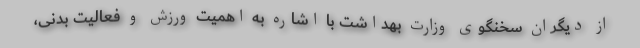
از دیگران سخنگوی وزارت بهداشت با اشاره به اهمیت ورزش و فعالیت بدنی،